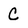
Character: c